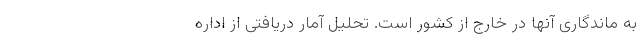
به ماندگاری آنها در خارج از کشور است. تحلیل آمار دریافتی از اداره